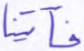
فآتينا